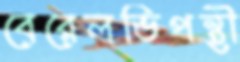
বেরেলভিপন্থী